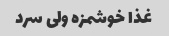
غذا خوشمزه ولی سرد